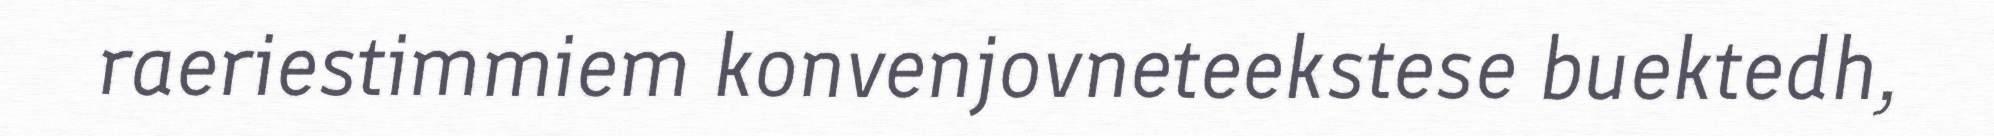
raeriestimmiem konvenjovneteekstese buektedh,